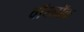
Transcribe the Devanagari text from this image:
वॉरलॉक